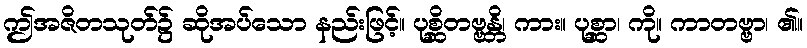
ဤအဇိတသုတ်၌ ဆိုအပ်သော နည်းဖြင့်။ ပုစ္ဆိတဗ္ဗန္တိ၊ ကား။ ပုစ္ဆာ၊ ကို။ ကာတဗ္ဗာ၊ ၏။